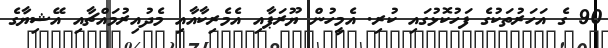
90 ގެ އަހަރުތަކުގެ ފަހުކޮޅުގައި ކުރި. އެމީހުން ޔޫރަޕާއި އެމެރިކާއާއި މެދުއިރުމައްޗާއި އޭޝިޔާގެ